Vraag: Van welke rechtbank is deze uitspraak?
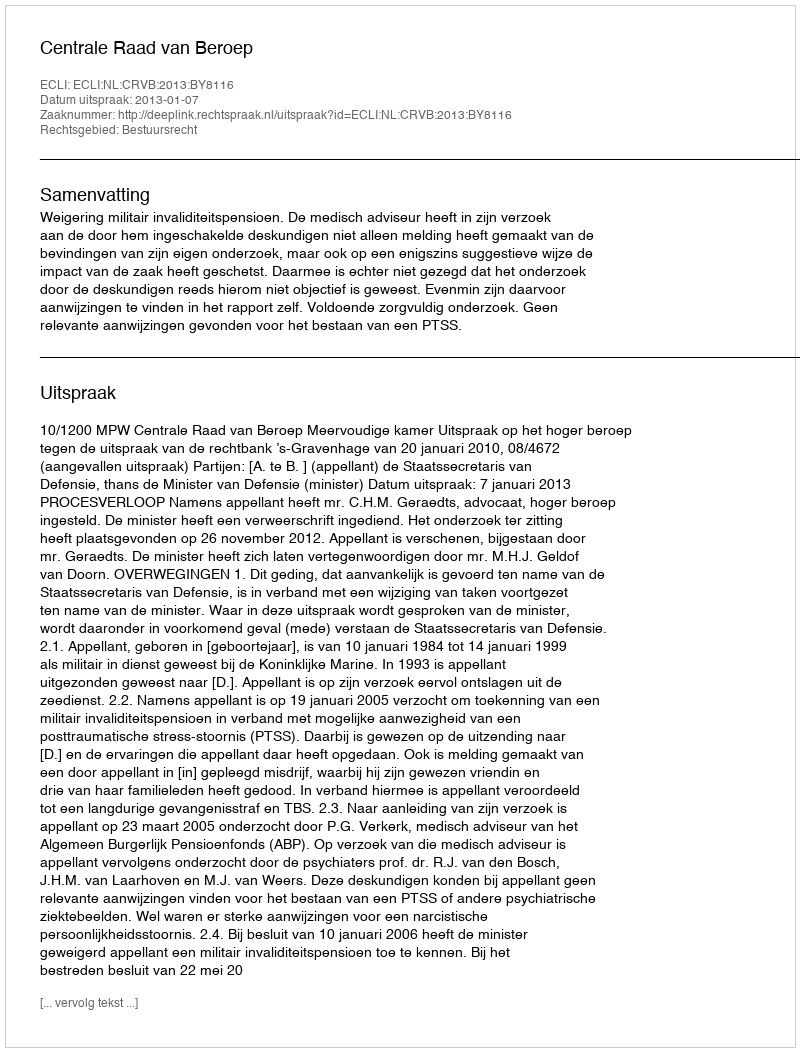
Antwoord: Centrale Raad van Beroep